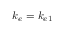
k _ { e } = k _ { e 1 }